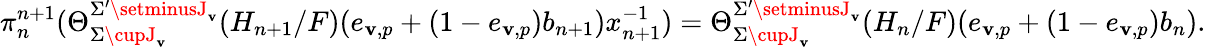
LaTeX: \pi_{n}^{n+1}(\Theta_{\Sigma\cupJ_{\mathbf{v}}}^{\Sigma^{\prime}\setminusJ_{\mathbf{v}}}(H_{n+1}/F)(e_{\mathbf{v},p}+(1-e_{\mathbf{v},p})b_{n+1})x_{n+1}^{-1})=\Theta_{\Sigma\cupJ_{\mathbf{v}}}^{\Sigma^{\prime}\setminusJ_{\mathbf{v}}}(H_{n}/F)(e_{\mathbf{v},p}+(1-e_{\mathbf{v},p})b_{n}).